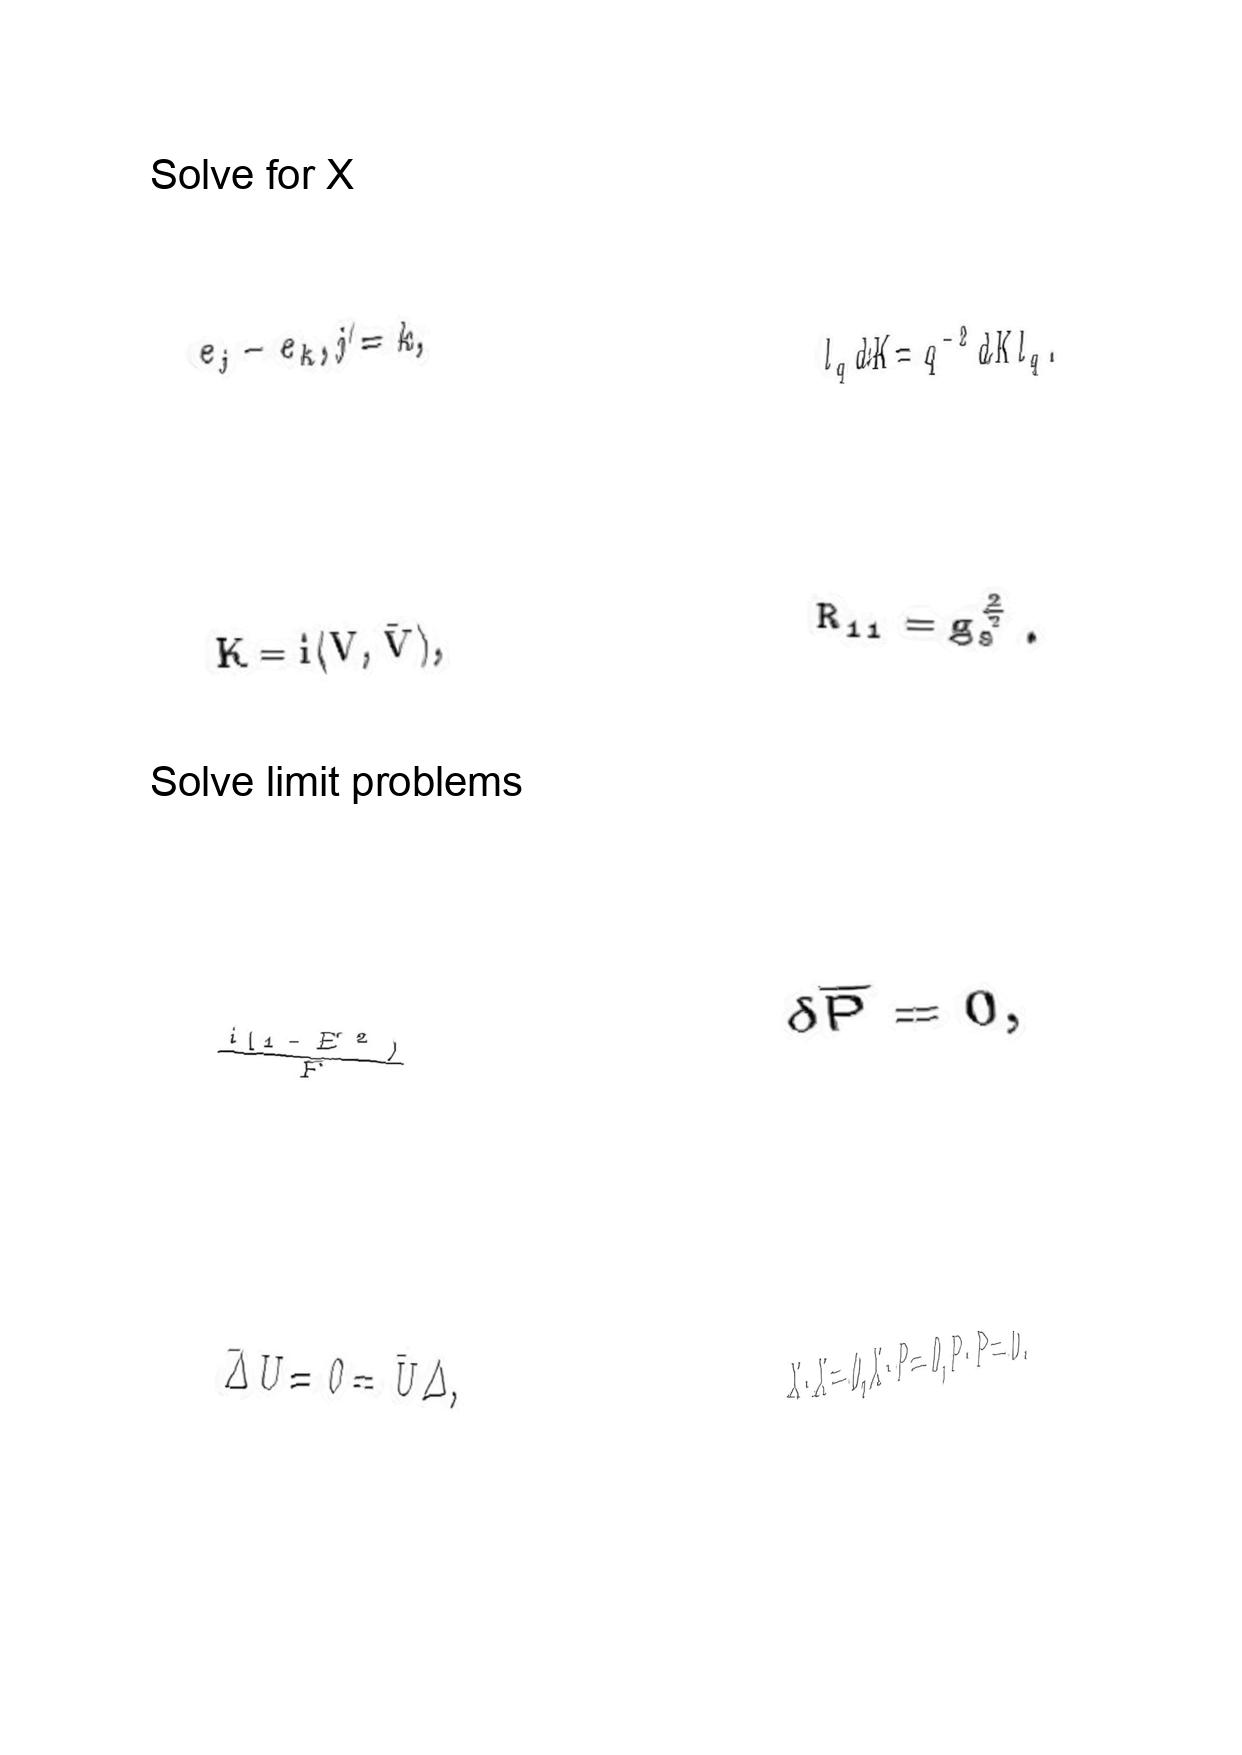
LaTeX transcription:
e _ { j } - e _ { k } , j \neq k ,
K = i \langle V , \bar { V } \rangle ,
\frac { i \lparen 1 - E ^ { 2 } \rparen } { F }
\bar { \Delta } U = 0 = \bar { U } \Delta ,
l _ { q } d K = q ^ { - 2 } d K l _ { q } .
R _ { 1 1 } = g _ { s } ^ { \frac { 2 } { 3 } } .
\delta \overline { P } = 0 ,
X \cdot X = 0 , X \cdot P = 0 , P \cdot P = 0 .